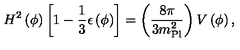
H ^ { 2 } \left( \phi \right) \left[ 1 - { \frac { 1 } { 3 } } \epsilon \left( \phi \right) \right] = \left( { \frac { 8 \pi } { 3 m _ { \mathrm { P l } } ^ { 2 } } } \right) V \left( \phi \right) ,